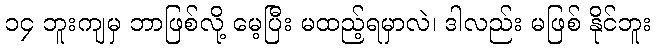
၁၄ ဘူးကျမှ ဘာဖြစ်လို့ မေ့ပြီး မထည့်ရမှာလဲ၊ ဒါလည်း မဖြစ် နိုင်ဘူး